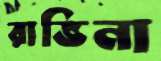
রাভিনা